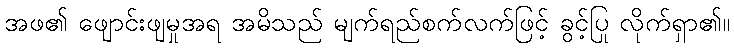
အဖ၏ ဖျောင်းဖျမှုအရ အမိသည် မျက်ရည်စက်လက်ဖြင့် ခွင့်ပြု လိုက်ရှာ၏။